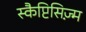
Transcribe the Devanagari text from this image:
स्कैप्टिसिज़्म